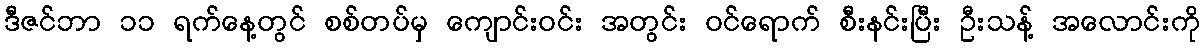
ဒီဇင်ဘာ ၁၁ ရက်နေ့တွင် စစ်တပ်မှ ကျောင်းဝင်း အတွင်း ဝင်ရောက် စီးနင်းပြီး ဦးသန့် အလောင်းကို